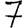
Digit: 7